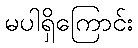
မပါရှိကြောင်း